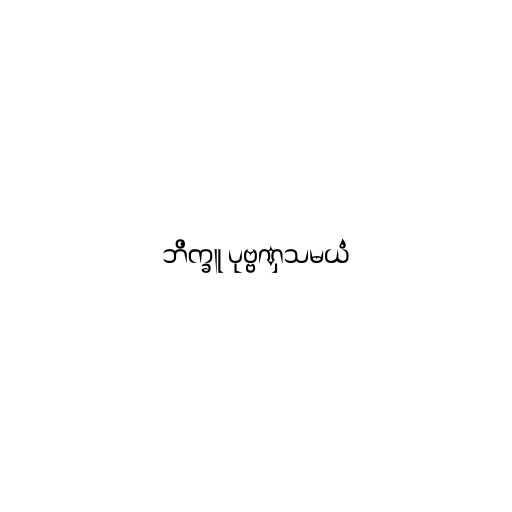
ဘိက္ခူ ပုဗ္ဗဏှသမယံ